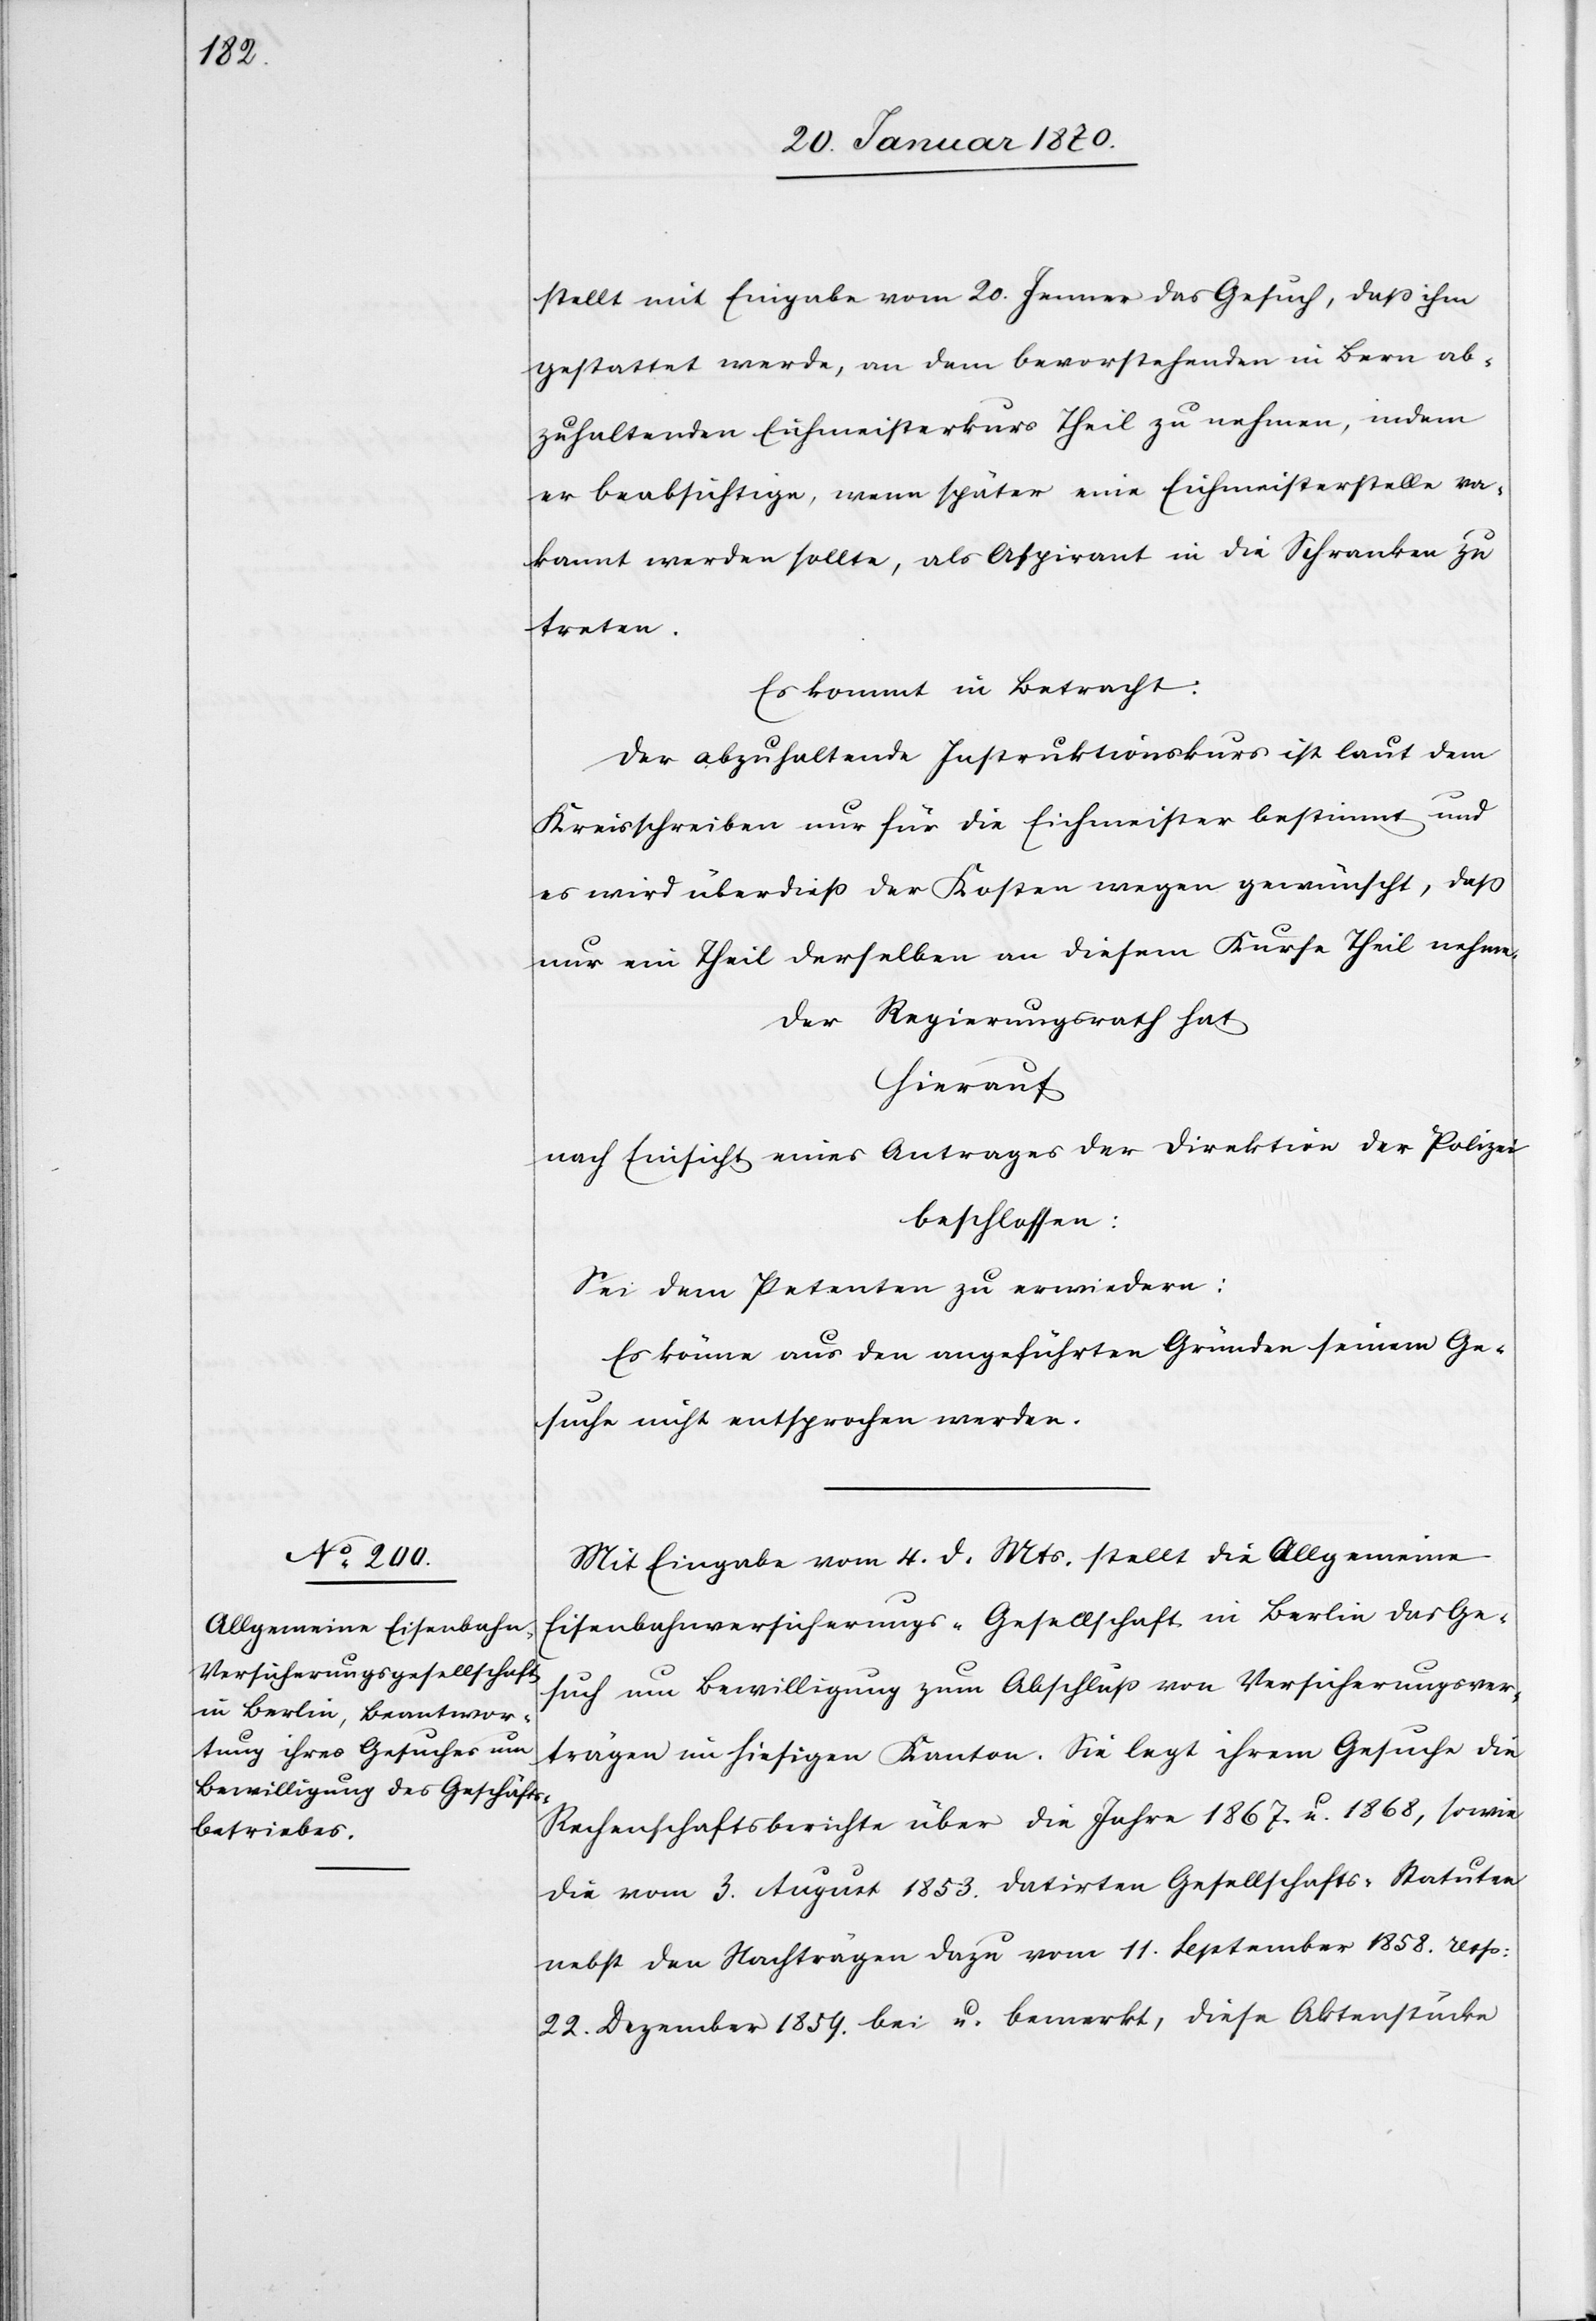
stellt mit Eingabe vom 20. Januar das Gesuch, daß ihm
gestattet werde, an dem bevorstehenden in Bern ab¬
zuhaltenden Eichmeisterkurs Theil zu nehmen, indem
er beabsichtige, wenn später eine Eichmeisterstelle va¬
kannt werden sollte, als Aspirant in die Schranken zu
treten.
Es kommt in Betracht:
Der abzuhaltende Instruktionskurs ist laut dem
Kreisschreiben nur für die Eichmeister bestimmt und
es wird überdieß der Kosten wegen gewünscht, daß
nur ein Theil derselben an diesem Kurse Theil nehme.
Der Regierungsrath hat
hierauf
nach Einsicht eines Antrages Direktion der Polizei
beschlossen:
Sei dem Petenten zu erwiedern:
Es könne aus den angeführten Gründen seinem Ge¬
suche nicht entsprochen werden.
Mit Eingabe vom 4. d. Mts. stellt die Allgemeine
Eisenbahnversicherungs-Gesellschaft in Berlin das Ge¬
such um Bewilligung zum Abschluß von Versicherungsver¬
trägen im hiesigen Kanton. Sie legt ihrem Gesuche die
Rechenschaftsberichte über die Jahre 1867. u. 1868, sowie
die vom 3. August 1853. datirten Gesellschafts-Statuten
nebst den Nachträgen dazu vom 11. September 1858. resp:
22. Dezember 1859 bei u. bemerkt, diese Aktenstücke